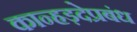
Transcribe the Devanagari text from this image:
कान्हड़देप्रबंध